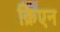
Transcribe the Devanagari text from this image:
क्रिएन